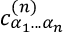
c _ { \alpha _ { 1 } . . . \alpha _ { n } } ^ { ( n ) }